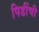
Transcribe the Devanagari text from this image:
पिडींची